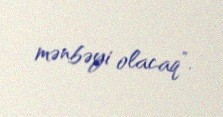
mənbəyi olacaq”.